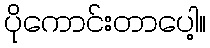
ပိုကောင်းတာပေါ့။